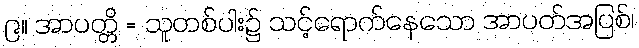
၉။ အာပတ္တိ = သူတစ်ပါး၌ သင့်ရောက်နေသော အာပတ်အပြစ်၊